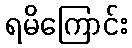
ရမိကြောင်း